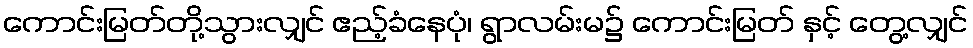
ကောင်းမြတ်တို့သွားလျှင် ဧည့်ခံနေပုံ၊ ရွာလမ်းမ၌ ကောင်းမြတ် နှင့် တွေ့လျှင်